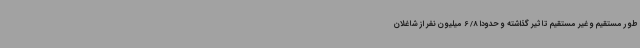
طور مستقیم و غیر مستقیم تاثیر گذاشته و حدودا 8/ 6 میلیون نفر از شاغلان